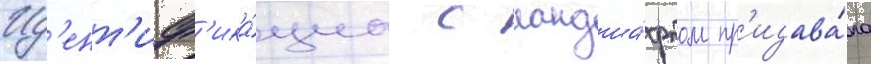
Ид'ент'иф'ика́циа с ландша́фтом пр'идава́ла